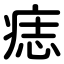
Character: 痣